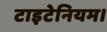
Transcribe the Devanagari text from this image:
टाइटेनियम।